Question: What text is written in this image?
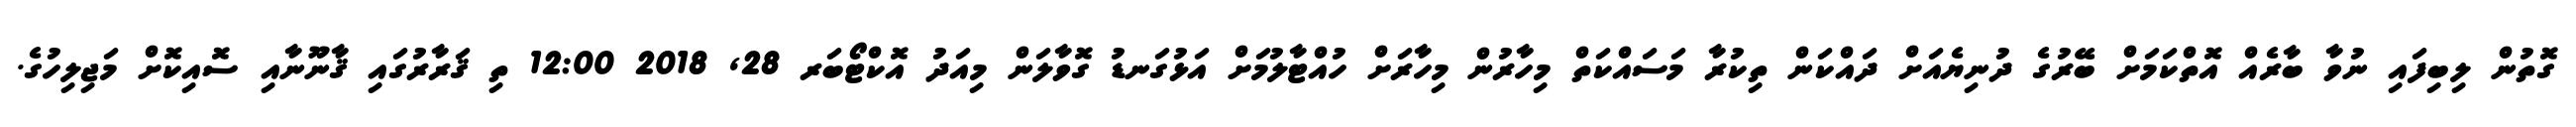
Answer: ގޮތުން ލިބިފައި ނުވާ ބާރެއް އޮތްކަމަށް ބޭރުގެ ދުނިޔެއަށް ދައްކަން ތިކުރާ މަސައްކަތް މިހާރުން މިހާރަށް ހުއްޓާލުމަށް އަޅުގަނޑު ގޮވާލަން މިއަދު އޮކްޓޯބަރ 28, 2018 12:00 ތި ޤަރާރުގައި ޤާނޫނާއި ސޮއިކޮށް މަޖިލިހުގެ.